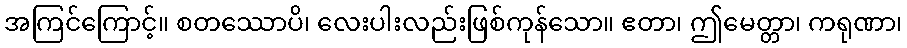
အကြင်ကြောင့်။ စတဿောပိ၊ လေးပါးလည်းဖြစ်ကုန်သော။ ဧတာ၊ ဤမေတ္တာ၊ ကရုဏာ၊